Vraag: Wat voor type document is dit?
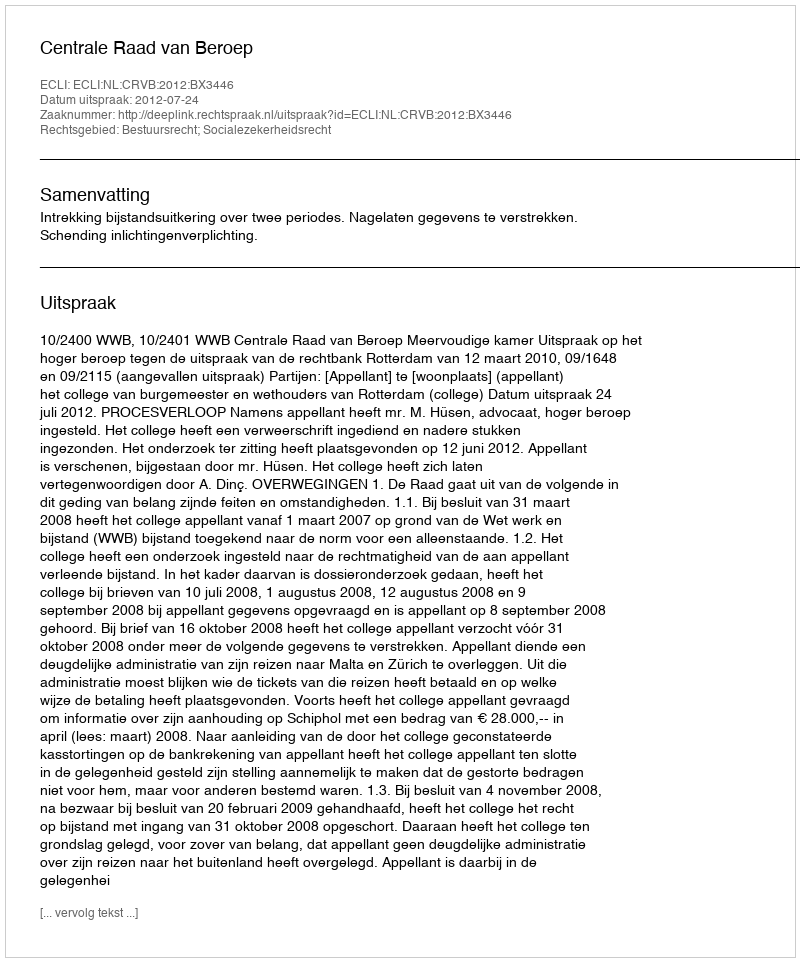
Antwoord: Uitspraak